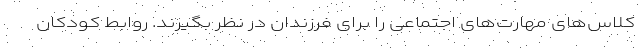
کلاس‌های مهارت‌های اجتماعی را برای فرزندان در نظر بگیرند. روابط کودکان